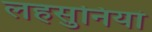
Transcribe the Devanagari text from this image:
लहसुनियां